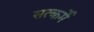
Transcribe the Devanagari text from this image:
सत्कर्मे